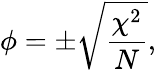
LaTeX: \phi=\pm{\sqrt{\frac{\chi^{2}}{N}}},